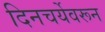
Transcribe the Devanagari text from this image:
दिनचर्येवरून